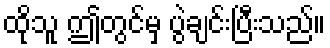
ထိုသူ ဤတွင်မှ ပွဲချင်းပြီးသည်။